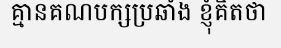
គ្មានគណបក្សប្រឆាំង ខ្ញុំគិតថា